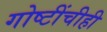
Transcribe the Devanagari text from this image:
गोष्टींचीही